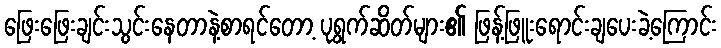
ဖြေးဖြေးချင်းသွင်းနေတာနဲ့စာရင်တော့ ပုရွက်ဆိတ်များ၏ ဖြန့်ဖြူးရောင်းချပေးခဲ့ကြောင်း